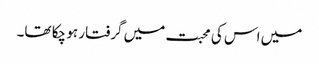
میں اس کی محبت میں گرفتار ہو چکا تھا۔